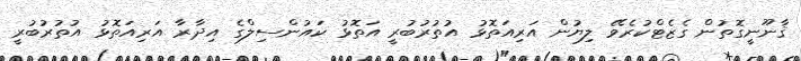
ޤާނޫނީގޮތުން ގެޒެޓްކުރެވޭ ލިޔުން އަރިއަތޮޅު އުތުރުބުރީ އަތޮޅު ކައުންސިލްގެ އިދާރާ އަރިއަތޮޅު އުތުރުބުރީ